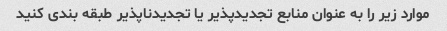
موارد زیر را به عنوان منابع تجدیدپذیر یا تجدیدناپذیر طبقه بندی کنید